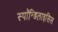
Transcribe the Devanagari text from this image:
स्पाॅन्डिलाइसिस